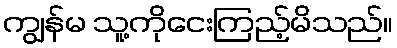
ကျွန်မ သူ့ကိုငေးကြည့်မိသည်။